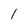
Character: I